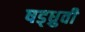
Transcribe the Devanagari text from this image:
षड्ध्रुवी